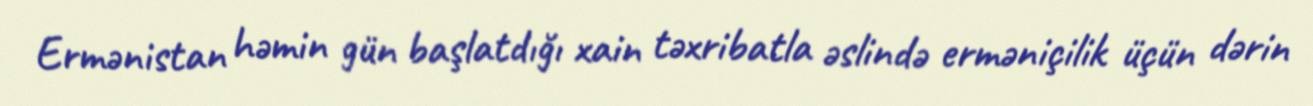
Ermənistan həmin gün başlatdığı xain təxribatla əslində erməniçilik üçün dərin